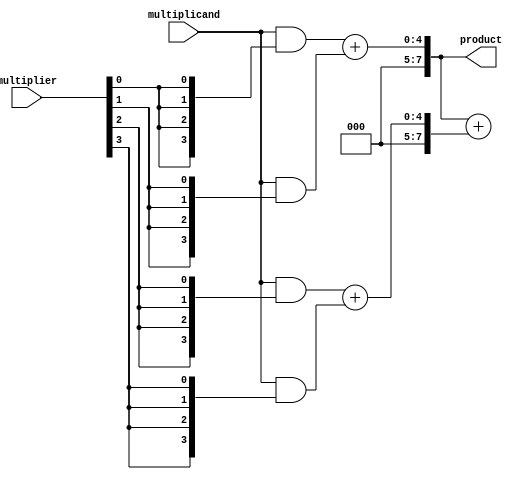
module wallace_tree_multiplier #(
    parameter N = 4 // Bit-width of the inputs
)(
    input  [N-1:0] multiplicand,
    input  [N-1:0] multiplier,
    output [2*N-1:0] product
);
    // Partial products
    wire [N-1:0] pp [N-1:0]; // Partial products array

    // Generate partial products
    genvar i;
    generate
        for (i = 0; i < N; i = i + 1) begin : pp_gen
            assign pp[i] = multiplicand & {N{multiplier[i]}};
        end
    endgenerate

    // Carry-save adder stage
    wire [N-1:0] sum [N:0]; // Sums from CSAs
    wire [N-1:0] carry [N-1:0]; // Carries from CSAs

    // First level of CSA
    generate
        for (i = 0; i < N/2; i = i + 1) begin : first_level
            assign {carry[i], sum[i]} = pp[2*i] + pp[2*i + 1];
        end
        if (N % 2 == 1) begin
            assign {carry[N/2], sum[N/2]} = pp[N-1];
        end
    endgenerate

    // Second level of CSA
    generate
        for (i = 0; i < (N/4); i = i + 1) begin : second_level
            assign {carry[i], sum[i]} = {carry[2*i], sum[2*i]} + {carry[2*i + 1], sum[2*i + 1]};
        end
        if (N % 4 >= 2) begin
            assign {carry[N/4], sum[N/4]} = {carry[N/2], sum[N/2]};
        end
    endgenerate

    // Final summation
    wire [2*N-1:0] final_sum;
    assign final_sum = {carry[0], sum[0]} + {carry[1], sum[1]};

    // Assign final product
    assign product = final_sum;

endmodule